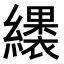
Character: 𮉑